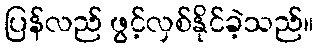
ပြန်လည် ဖွင့်လှစ်နိုင်ခဲ့သည်။